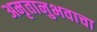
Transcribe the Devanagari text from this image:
अमृतानुभवाचा